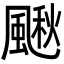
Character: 𩘌